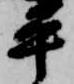
平